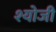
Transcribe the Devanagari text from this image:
श्योजी